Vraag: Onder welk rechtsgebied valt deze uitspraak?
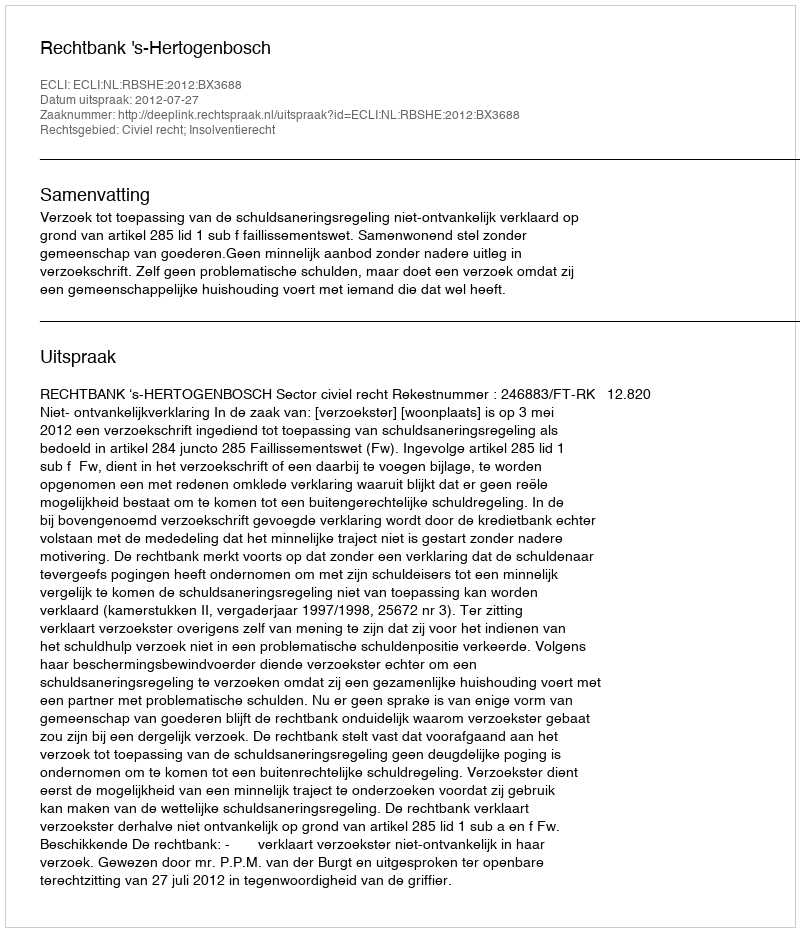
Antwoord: Civiel recht; Insolventierecht